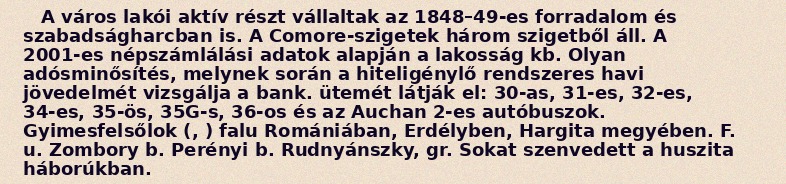
A város lakói aktív részt vállaltak az 1848–49-es forradalom és szabadságharcban is. A Comore-szigetek három szigetből áll. A 2001-es népszámlálási adatok alapján a lakosság kb. Olyan adósminősítés, melynek során a hiteligénylő rendszeres havi jövedelmét vizsgálja a bank. ütemét látják el: 30-as, 31-es, 32-es, 34-es, 35-ös, 35G-s, 36-os és az Auchan 2-es autóbuszok. Gyimesfelsőlok (, ) falu Romániában, Erdélyben, Hargita megyében. F. u. Zombory b. Perényi b. Rudnyánszky, gr. Sokat szenvedett a huszita háborúkban.